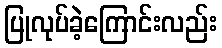
ပြုလုပ်ခဲ့ကြောင်းလည်း